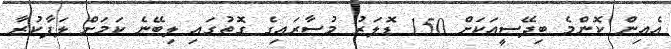
އެއިން ކޮންމެ ބިދޭސީއަކަށް 150 ޑޮލަރު މުސާރައިގެ ގޮތުގައި ލިބޭނެ ކަމަށް ލަފާކުރާ